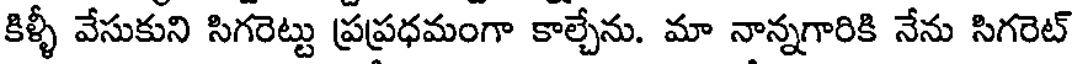
కిళ్ళీ వేసుకుని సిగరెట్టు ప్రప్రధమంగా కాల్చేను. మా నాన్నగారికి నేను సిగరెట్